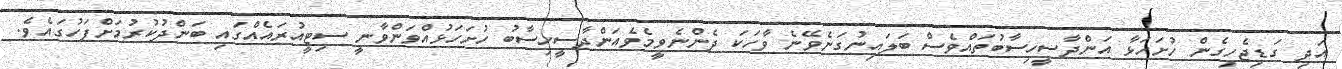
އަދި ގަޑިޖެހިގެން ހުށަހަޅާ އަންދާސީހިސާބުތައްވެސް ބަލައިނުގަނެވޭނެ ވާހަކަ ދެންނެވީމެވެއަންދާސީހިސާބު ހުށަހަޅުއްވަންވާނީ ސިޓީއުރައެއްގައި ބަންދުކުރުމަށްފަހުގައެވެ.